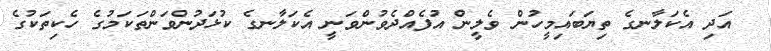
އަދި އެކަލާނގެ ތިޔަބައިމީހުން ވެލީން އުފެއްދެވުންވަނީ އެކަލާނގެ ކުޅަދުންވަންތަކަމުގެ ހެކިތަކުގެ